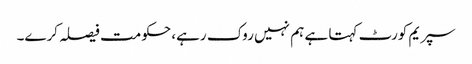
سپریم کورٹ کہتا ہے ہم نہیں روک رہے، حکومت فیصلہ کرے۔